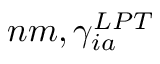
n m , \gamma _ { i a } ^ { L P T }